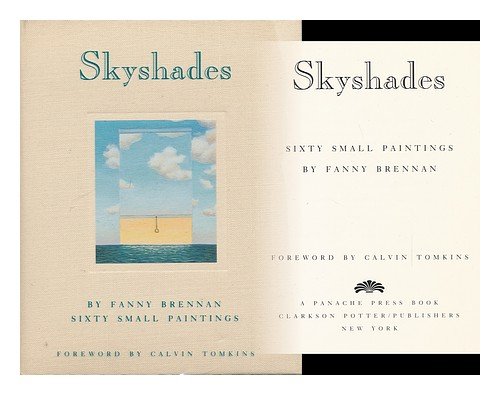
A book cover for Skyshades; Fanny Brennan; Arts & Photography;